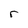
Character: r